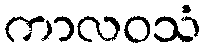
ကာလဝသံ